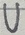
Text: U